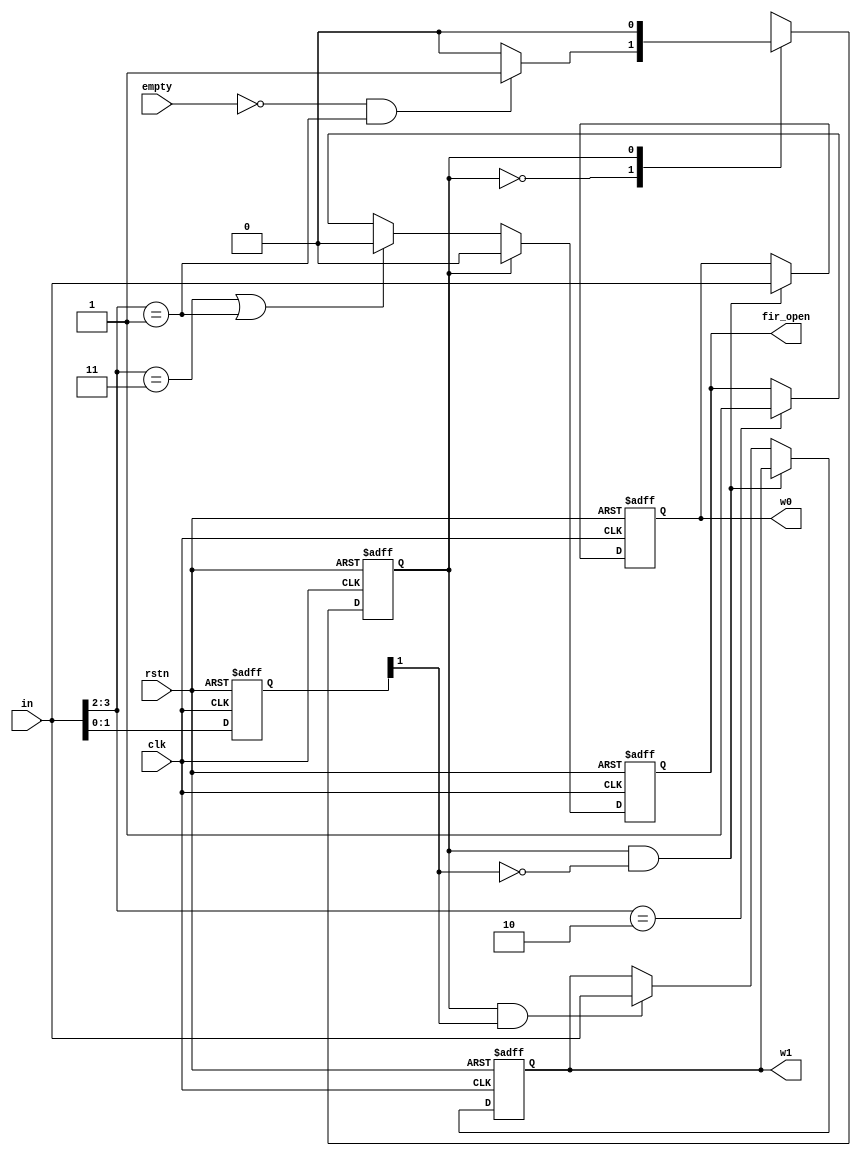
//Function	: fifo_top
module config_top
(
    input clk,
    input rstn,
    input [3:0] in,
    input empty,
    output reg [3:0] w0,
    output reg [3:0] w1,
    output reg fir_open
);
parameter AnalyzeInstruction = 1'b0;
parameter ReceiveData = 1'b1;
//opcode
parameter null = 2'b00;
parameter write = 2'b01;
parameter boot = 2'b10;
parameter shutdown = 2'b11;

reg state;
reg next_state;
wire w_state;//decide which w to write in
//state register
always @(posedge clk, negedge rstn)
begin
    if(!rstn)
        state <= AnalyzeInstruction;
    else
        state <= next_state;
end

//next_state logic
wire [1:0] opcode;
assign opcode = in [3:2];
/*
00:null
01:write data next cp
10:open fir
11:close fir 
*/
always @(*) begin
    case(state)
        AnalyzeInstruction:
            if(~empty&&(opcode == 2'b01))
                next_state = ReceiveData;
            else 
                next_state = AnalyzeInstruction;
        ReceiveData:
            next_state = AnalyzeInstruction;
    endcase
end
//output logic
//open fir
always @(posedge clk, negedge rstn)
begin
    if(!rstn)
        fir_open <= 1'b0;//fir close
    else
    begin
        if(state == AnalyzeInstruction) begin
        if(opcode == 2'b11 || opcode == 2'b01)
            fir_open <= 1'b0;
        else if(opcode == 2'b10)
            fir_open <= 1'b1;
        else
            fir_open <= fir_open;
    end
        else//Receive data shutdown the fir
            fir_open <= 1'b0;
    end
end
//w register
reg [1:0] w_select;//
always @(posedge clk, negedge rstn) begin//
    if(!rstn)
        w_select <= 2'b00;
    else
        w_select <= in [1:0];//
end
assign w_state = w_select[1];
//write the w register
always @(posedge clk, negedge rstn)
begin
    if(!rstn) begin
        w0 <= 4'b0;
        w1 <= 4'b0;
    end
    else
    begin
        if(state == ReceiveData && !w_state)//
            w0 <= in;
        else if(state == ReceiveData && w_state)
            w1 <= in;
    end         
end
endmodule